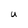
Character: U